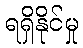
ရရှိနိုင်မှု